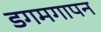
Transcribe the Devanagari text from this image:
डगमगापन